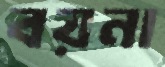
বয়না